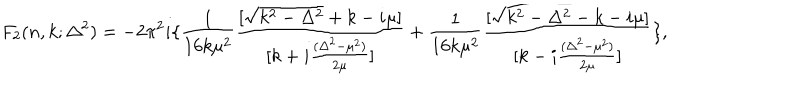
F _ { 2 } ( n , k ; \Delta ^ { 2 } ) = - 2 \pi ^ { 2 } i \{ \frac { 1 } { 1 6 k \mu ^ { 2 } } \frac { [ \sqrt { k ^ { 2 } - \Delta ^ { 2 } } + k - i \mu ] } { [ k + i \frac { ( \Delta ^ { 2 } - \mu ^ { 2 } ) } { 2 \mu } ] } + \frac { 1 } { 1 6 k \mu ^ { 2 } } \frac { [ \sqrt { k ^ { 2 } - \Delta ^ { 2 } } - k - i \mu ] } { [ k - i \frac { ( \Delta ^ { 2 } - \mu ^ { 2 } ) } { 2 \mu } ] } \} ,